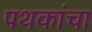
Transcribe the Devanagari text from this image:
पथकांचा